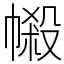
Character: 𢄌